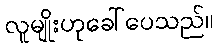
လူမျိုးဟုခေါ်ပေသည်။